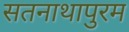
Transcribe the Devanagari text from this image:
सतनाथापुरम